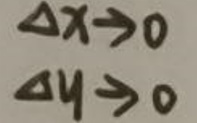
\[
\begin{cases}
\Delta x \to 0\\
\Delta y \to 0
\end{cases}
\]